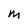
Character: M